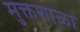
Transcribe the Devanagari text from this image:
मुक्तशाळा